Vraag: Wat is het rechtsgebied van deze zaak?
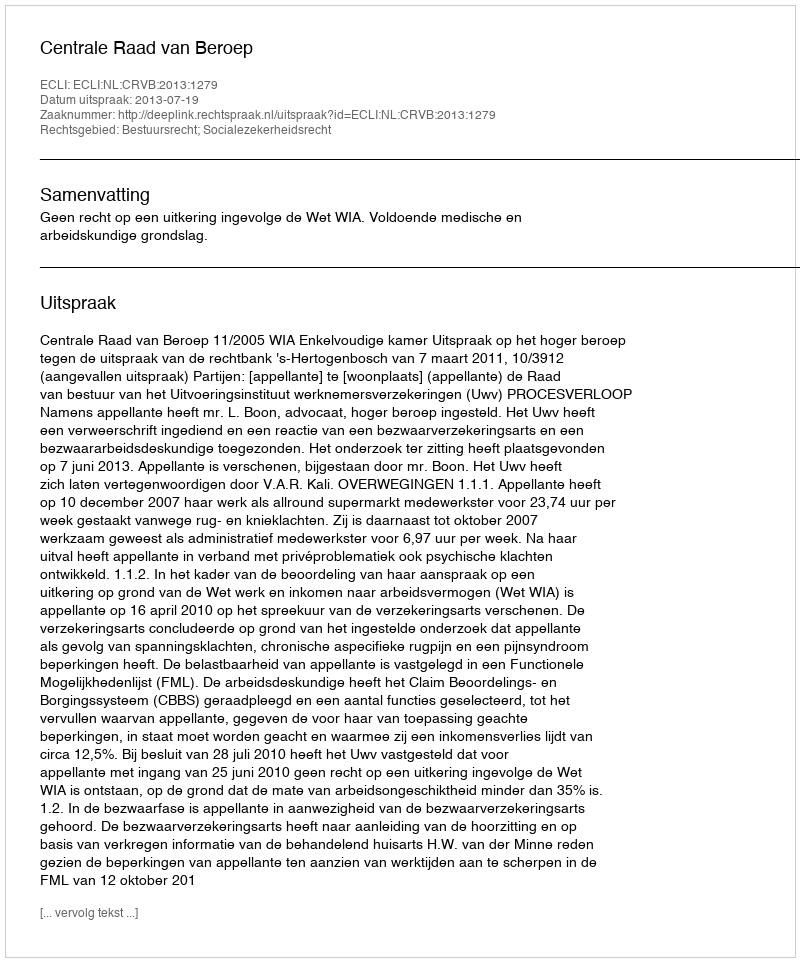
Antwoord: Bestuursrecht; Socialezekerheidsrecht